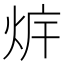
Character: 𰞛